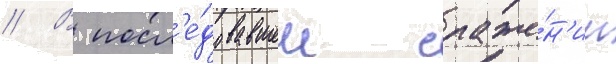
// В посл'е́довавшем сраже́н'ии